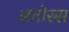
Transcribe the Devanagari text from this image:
अत्तोस्स